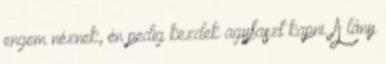
engem néznek, én pedig kezdek agyfaszt kapni. A lány